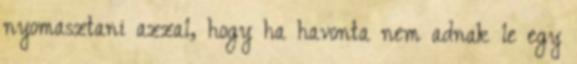
nyomasztani azzal, hogy ha havonta nem adnak le egy